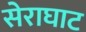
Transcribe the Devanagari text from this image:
सेराघाट